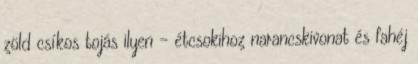
zöld csíkos tojás ilyen - étcsokihoz narancskivonat és fahéj